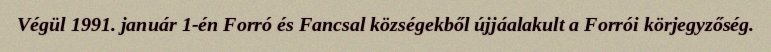
Végül 1991. január 1-én Forró és Fancsal községekből újjáalakult a Forrói körjegyzőség.